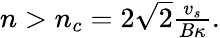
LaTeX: \begin{array}{r}{n>n_{c}=2\sqrt{2}\frac{v_{s}}{B\kappa}.}\end{array}